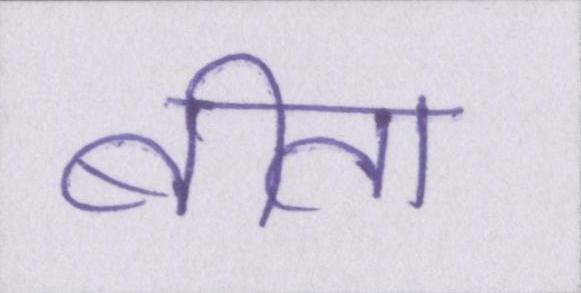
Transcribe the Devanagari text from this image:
बीता